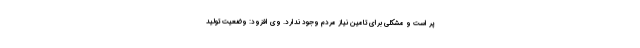
پر است و مشکلی برای تامین نیاز مردم وجود ندارد. وی افزود: وضعیت تولید